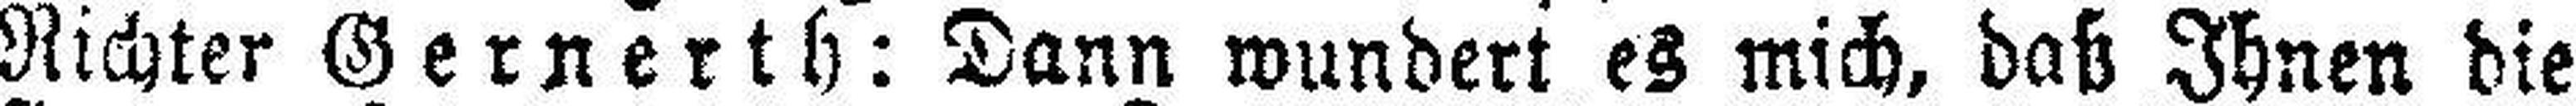
Richter Gernerth: Dann wundert es mich, daß Ihnen die